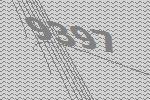
9397